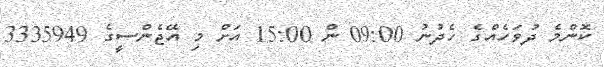
ކޮންމެ ދުވަހެއްގެ ހެދުނު 09:00 ން 15:00 އަށް މި އޭޖެންސީގެ 3335949